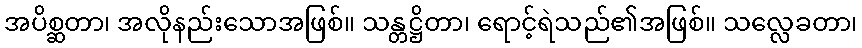
အပိစ္ဆတာ၊ အလိုနည်းသောအဖြစ်။ သန္တဋ္ဌိတာ၊ ရောင့်ရဲသည်၏အဖြစ်။ သလ္လေခတာ၊